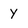
Character: Y